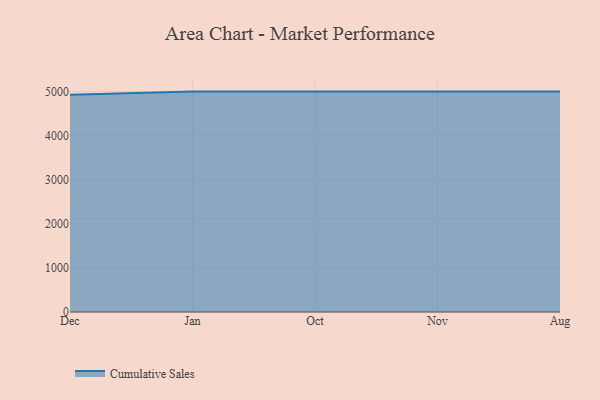
{"axis": {"x": "Month", "y": "Budget (USD K)"}, "legend": ["Cumulative Sales"], "data": [{"x": "Dec", "y": 4928.9, "type": "Cumulative Sales"}, {"x": "Jan", "y": 5000, "type": "Cumulative Sales"}, {"x": "Oct", "y": 5000, "type": "Cumulative Sales"}, {"x": "Nov", "y": 5000, "type": "Cumulative Sales"}, {"x": "Aug", "y": 5000, "type": "Cumulative Sales"}]}